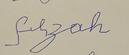
Signature authenticity: forged